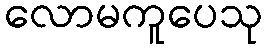
လောမကူပေသု